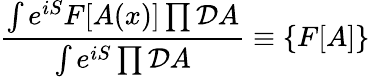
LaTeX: {\frac{\int e^{iS}F[A(x)]\prod{\cal D}A}{\int e^{iS}\prod{\cal D}A}}\equiv\{ F[A]\}